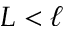
L < \ell